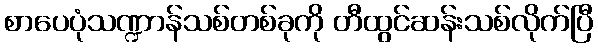
စာပေပုံသဏ္ဍာန်သစ်တစ်ခုကို တီထွင်ဆန်းသစ်လိုက်ပြီ